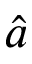
\hat { a }